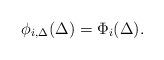
LaTeX: \begin{align*}\phi_{i,\Delta}(\Delta) = \Phi_i(\Delta).\end{align*}